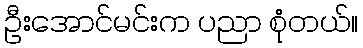
ဦးအောင်မင်းက ပညာ စုံတယ်။